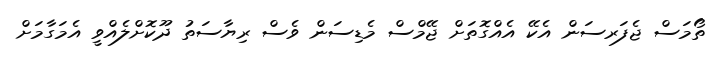
ތޯމަސް ޖެފަރސަން އެކޭ އެއްގޮތަށް ޖޭމްސް މެޑިސަން ވެސް ރިޔާސަތު ދޫކޮށްލެއްވީ އެމަގާމަށް